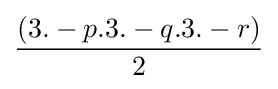
{\frac {(3.-p.3.-q.3.-r)}{2}}